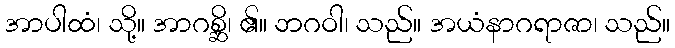
အာပါထံ၊ သို့။ အာဂစ္ဆိ၊ ၏။ ဘဂဝါ၊ သည်။ အယံနာဂရာဇာ၊ သည်။